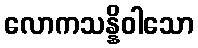
လောကသန္နိဝါသော